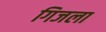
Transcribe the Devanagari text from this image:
गिजला